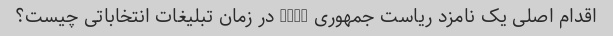
اقدام اصلی یک نامزد ریاست جمهوری 2020 در زمان تبلیغات انتخاباتی چیست؟